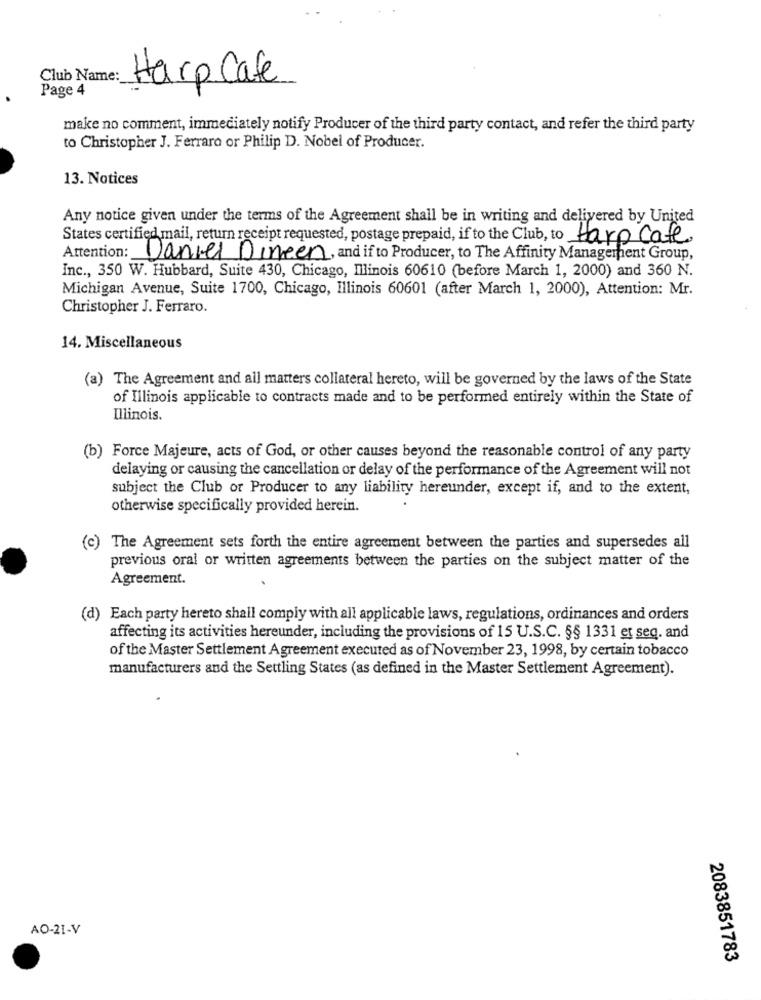
Club Name:
Harp Cafe
Page 4
make no comment, immediately notify Producer of the third party contact, and refer the third party
to Christopher J. Ferraro or Philip D. Nobel of Producer.
13. Notices
Any notice given under the terms of the Agreement shall be in writing and delivered by United
States certified mail, return receipt requested, postage prepaid, if to the Club, to Harp Cafe
Attention: Daniel Dineen, and if to Producer, to The Affinity Management Group,
Inc ., 350 W. Hubbard, Suite 430, Chicago, Illinois 60610 (before March 1, 2000) and 360 N.
Michigan Avenue, Suite 1700, Chicago, Illinois 60601 (after March 1, 2000), Attention: Mr.
Christopher J. Ferraro.
14. Miscellaneous
(a) The Agreement and all matters collateral hereto, will be governed by the laws of the State
of Illinois applicable to contracts made and to be performed entirely within the State of
Illinois.
(b) Force Majeure, acts of God, or other causes beyond the reasonable control of any party
delaying or causing the cancellation or delay of the performance of the Agreement will not
subject the Club or Producer to any liability hereunder, except if, and to the extent,
otherwise specifically provided herein.
(c) The Agreement sets forth the entire agreement between the parties and supersedes all
previous oral or written agreements between the parties on the subject matter of the
Agreement.
(d) Each party hereto shall comply with all applicable laws, regulations, ordinances and orders
affecting its activities hereunder, including the provisions of 15 U.S.C. §§ 1331 et seq. and
of the Master Settlement Agreement executed as of November 23, 1998, by certain tobacco
manufacturers and the Settling States (as defined in the Master Settlement Agreement).
AO-21-V
2083851783